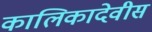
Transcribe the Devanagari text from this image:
कालिकादेवीस